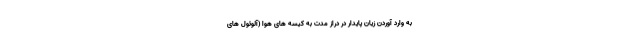
به وارد آوردن زیان پایدار در دراز مدت به کیسه های هوا (آلوئول های